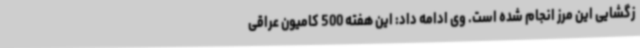
زگشایی این مرز انجام شده است. وی ادامه داد: این هفته 500 کامیون عراقی